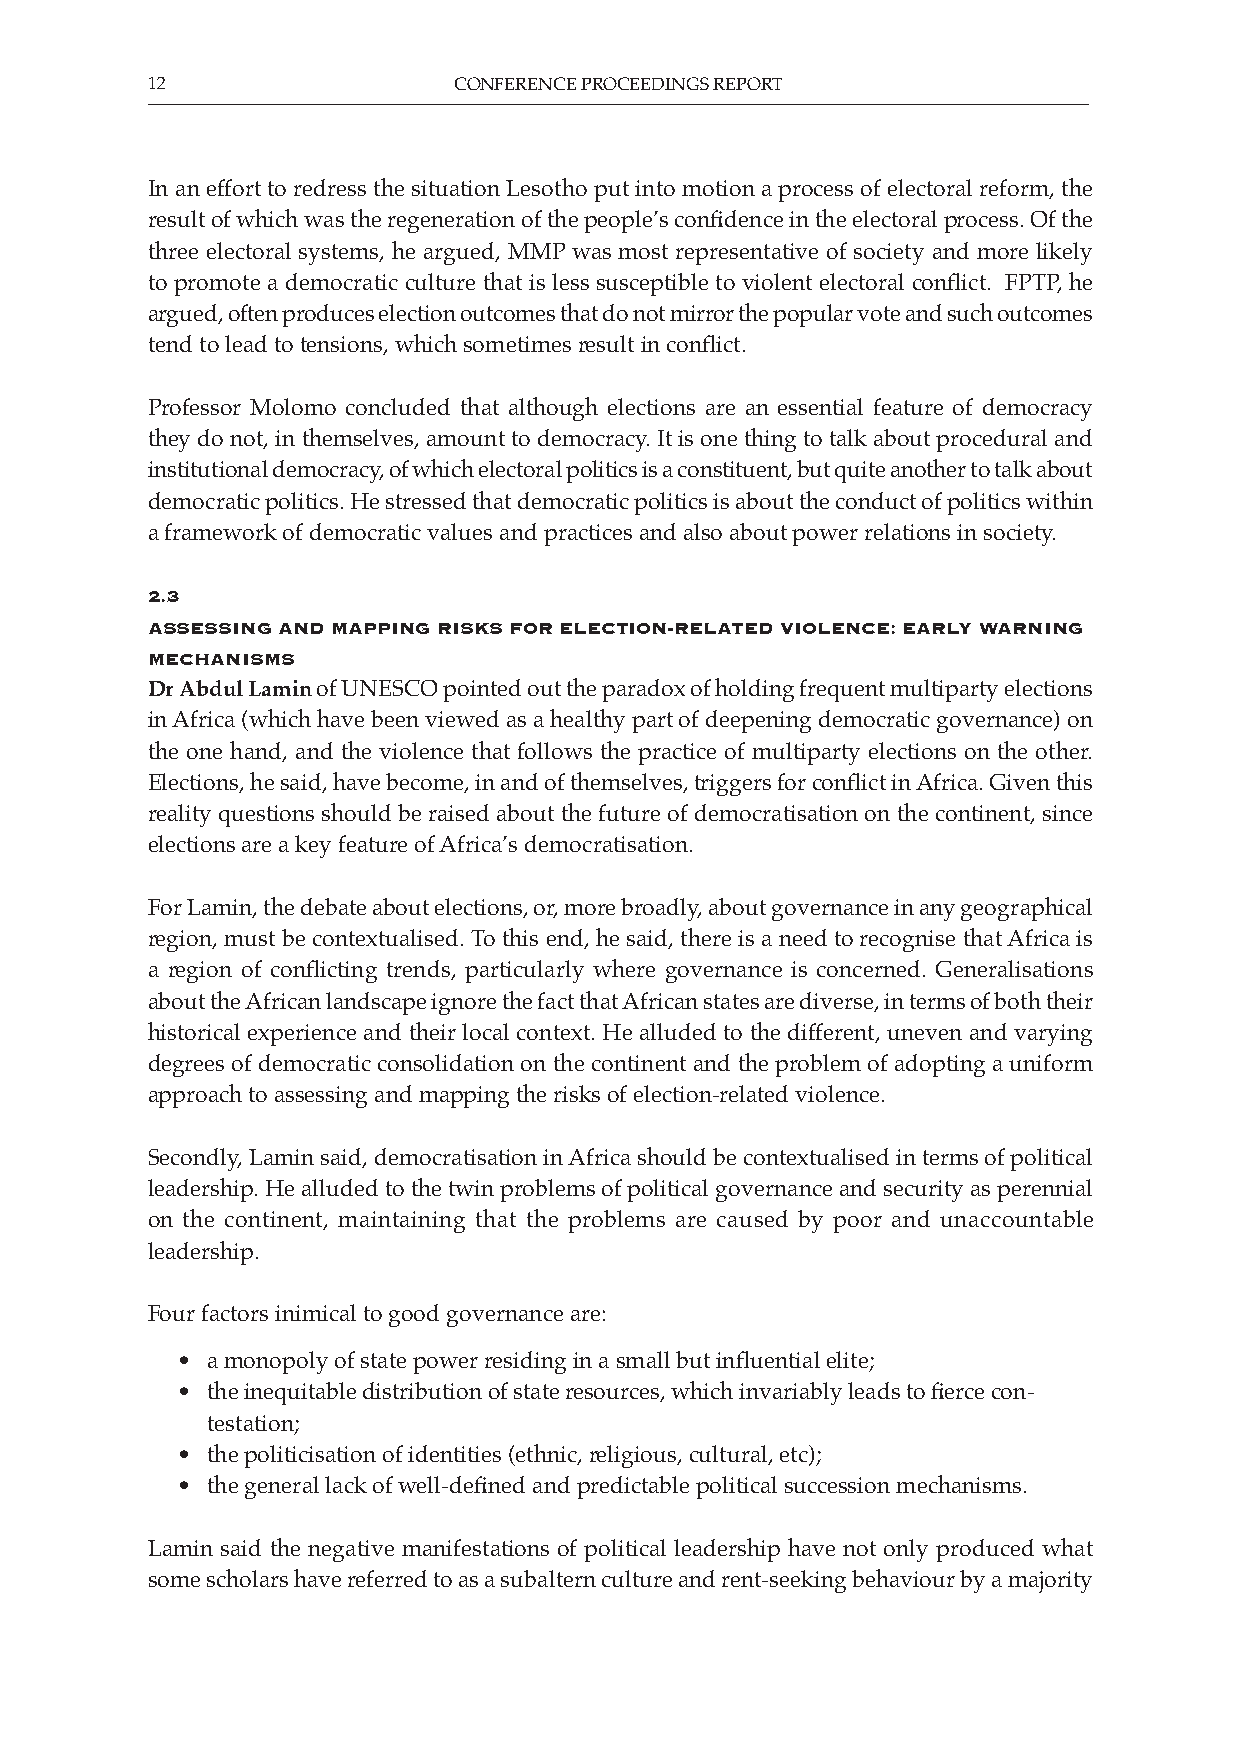
12                  CONFERENCE PROCEEDINGS REPORT
 In an effort to redress the situation Lesotho put into motion a process of electoral reform, the
 result of which was the regeneration of the people’s confidence in the electoral process. Of the
 three electoral systems, he argued, MMP was most representative of society and more likely
 to promote a democratic culture that is less susceptible to violent electoral conflict. FPTP, he
 argued, often produces election outcomes that do not mirror the popular vote and such outcomes
 tend to lead to tensions, which sometimes result in conflict.
 Professor Molomo concluded that although elections are an essential feature of democracy
 they do not, in themselves, amount to democracy. It is one thing to talk about procedural and
 institutional democracy, of which electoral politics is a constituent, but quite another to talk about
 democratic politics. He stressed that democratic politics is about the conduct of politics within
 a framework of democratic values and practices and also about power relations in society.
 2.3
 assessinG and mappinG risKs for eleCtion-related violenCe: early WarninG
 meChanisms
 Dr Abdul Lamin of UNESCO pointed out the paradox of holding frequent multiparty elections
 in Africa (which have been viewed as a healthy part of deepening democratic governance) on
 the one hand, and the violence that follows the practice of multiparty elections on the other.
 Elections, he said, have become, in and of themselves, triggers for conflict in Africa. Given this
 reality questions should be raised about the future of democratisation on the continent, since
 elections are a key feature of Africa’s democratisation.
 For Lamin, the debate about elections, or, more broadly, about governance in any geographical
 region, must be contextualised. To this end, he said, there is a need to recognise that Africa is
 a region of conflicting trends, particularly where governance is concerned. Generalisations
 about the African landscape ignore the fact that African states are diverse, in terms of both their
 historical experience and their local context. He alluded to the different, uneven and varying
 degrees of democratic consolidation on the continent and the problem of adopting a uniform
 approach to assessing and mapping the risks of election-related violence.
 Secondly, Lamin said, democratisation in Africa should be contextualised in terms of political
 leadership. He alluded to the twin problems of political governance and security as perennial
 on the continent, maintaining that the problems are caused by poor and unaccountable
 leadership.
 Four factors inimical to good governance are:
 • a monopoly of state power residing in a small but influential elite;
 • the inequitable distribution of state resources, which invariably leads to fierce con-
 testation;
 • the politicisation of identities (ethnic, religious, cultural, etc);
 • the general lack of well-defined and predictable political succession mechanisms.
 Lamin said the negative manifestations of political leadership have not only produced what
 some scholars have referred to as a subaltern culture and rent-seeking behaviour by a majority